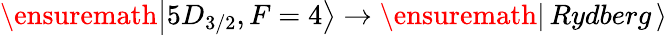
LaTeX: \ensuremath{\left\vert 5D_{3/2},F=4\right\rangle}\rightarrow\ensuremath{\left\vert\, Rydberg\, \right\rangle}